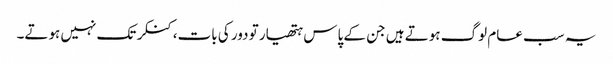
یہ سب عام لوگ ہوتے ہیں جن کے پاس ہتھیار تو دور کی بات،کنکر تک نہیں ہوتے۔